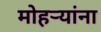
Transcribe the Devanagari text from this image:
मोहऱ्यांना